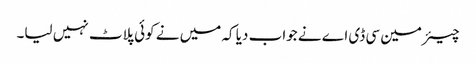
چیئرمین سی ڈی اے نے جواب دیا کہ میں نے کوئی پلاٹ نہیں لیا۔